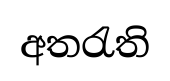
අතරැති